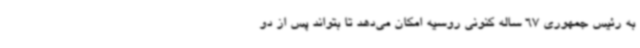
به رئیس جمهوری 67 ساله کنونی روسیه امکان می‌دهد تا بتواند پس از دو